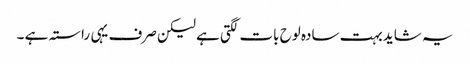
یہ شاید بہت سادہ لوح بات لگتی ہے لیکن صرف یہی راستہ ہے ۔